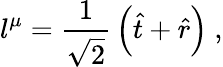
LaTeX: l^{\mu}={\frac{1}{\sqrt{2}}}\left({\hat{t}}+{\hat{r}}\right)\ ,